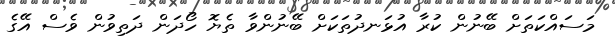
މަސައްކަތަށް ބޭނުން ކުރާ އުޅަނދުތަކަށް ބޭނުންވާ ތެޔޮ ހޯދަން ދަތިވުން ވެސް އޭގެ